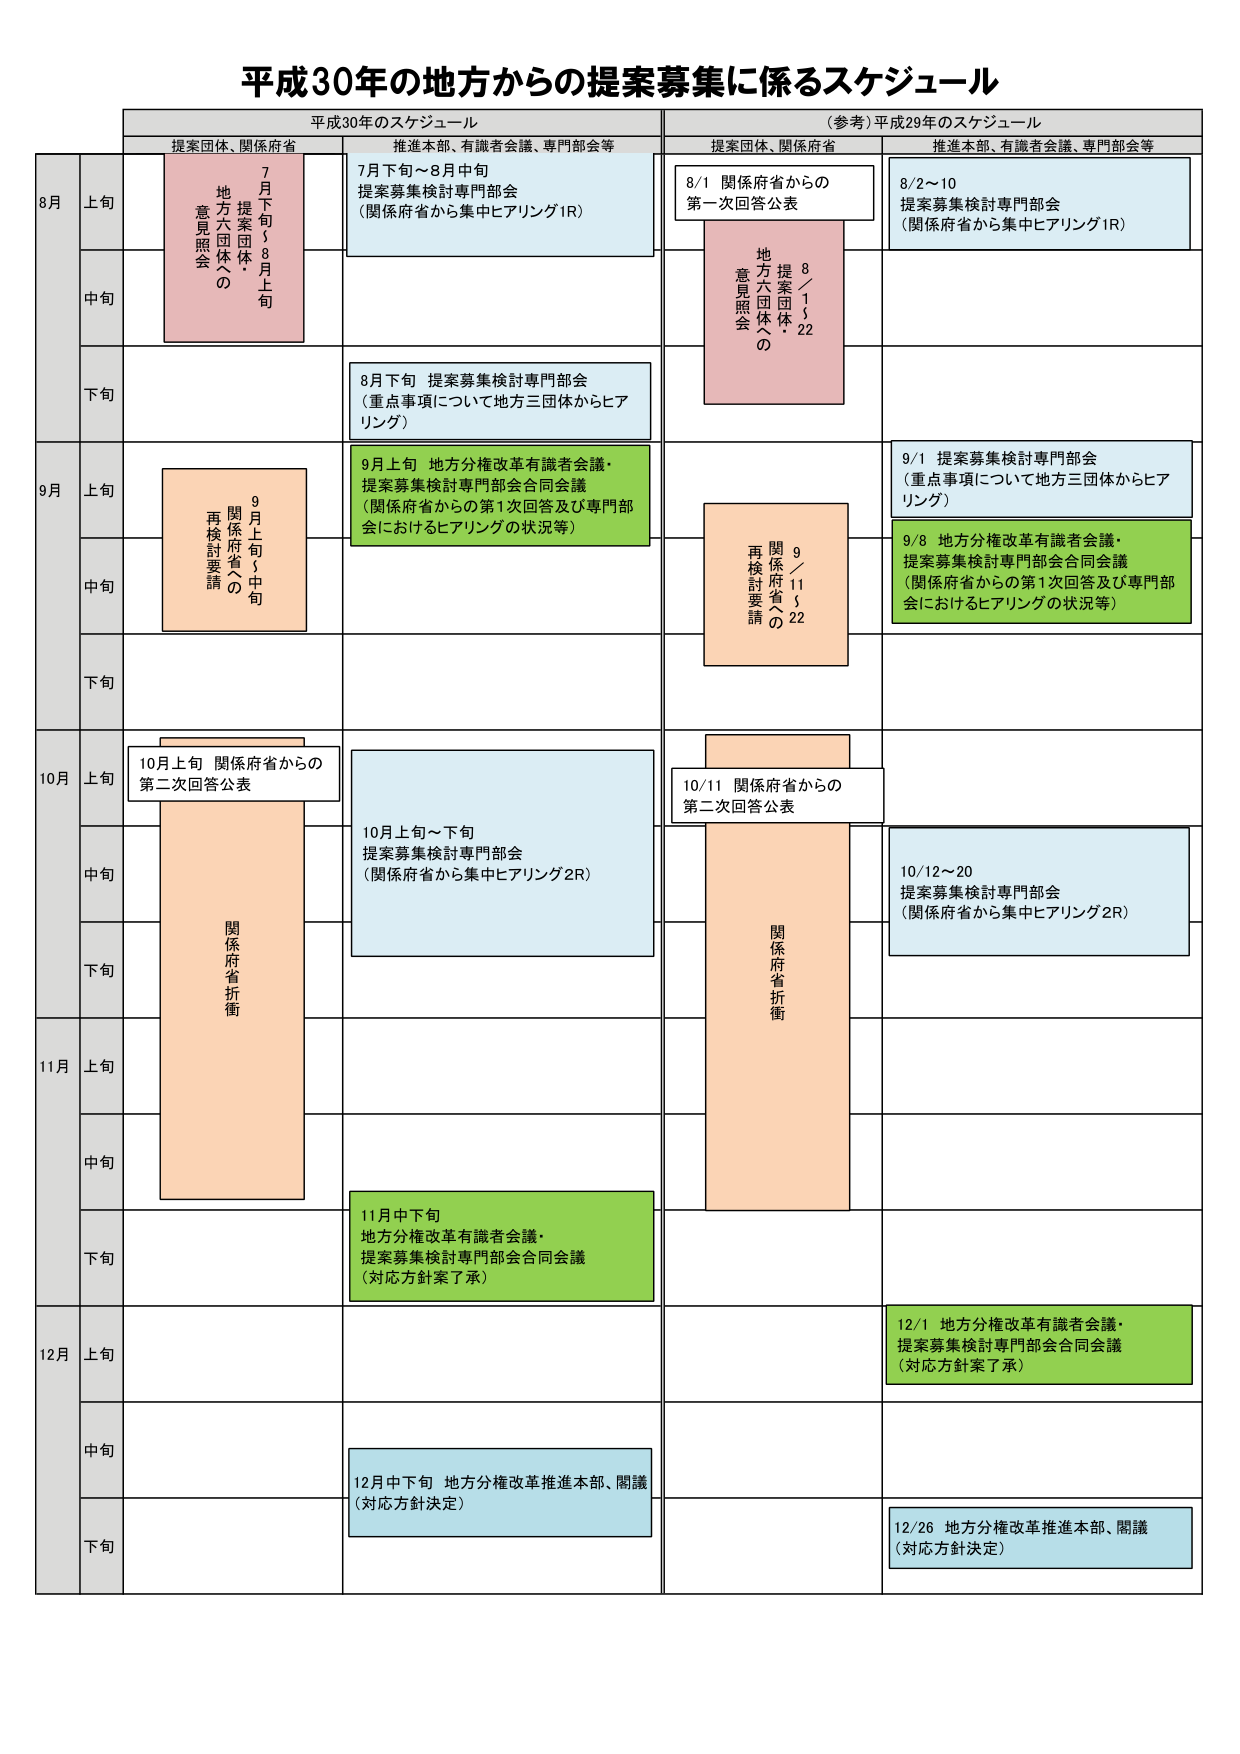
平成30年の地方からの提案募集に係るスケジュール

平成30年のスケジュール
（参考）平成29年のスケジュール

提案団体、関係府省
推進本部、有識者会議、専門部会等
提案団体、関係府省
推進本部、有識者会議、専門部会等

8月
上旬
7月下旬～8月中旬
提案募集検討専門部会
（関係府省から集中ヒアリング1R）
8/1 関係府省からの
第一次回答公表
8/2～10
提案募集検討専門部会
（関係府省から集中ヒアリング1R）

中旬
提案団体・
地方六団体の
意見照会
8／1～22
提案団体・
地方六団体の
意見照会

下旬
8月下旬 提案募集検討専門部会
（重点事項について地方三団体からヒアリング）

9月
上旬
9月上旬 地方分権改革有識者会議・
提案募集検討専門部会合同会議
（関係府省からの第1次回答及び専門部会におけるヒアリングの状況等）
9/1 提案募集検討専門部会
（重点事項について地方三団体からヒアリング）

中旬
9／1～5
関係府省への
再検討要請
9/8 地方分権改革有識者会議・
提案募集検討専門部会合同会議
（関係府省からの第1次回答及び専門部会におけるヒアリングの状況等）

下旬

10月
上旬
10月上旬 関係府省からの
第二次回答公表
10/11 関係府省からの
第二次回答公表

中旬
10月上旬～下旬
提案募集検討専門部会
（関係府省から集中ヒアリング2R）
10/12～20
提案募集検討専門部会
（関係府省から集中ヒアリング2R）

下旬
関係府省折衝
関係府省折衝

11月
上旬

中旬

下旬
11月中下旬
地方分権改革有識者会議・
提案募集検討専門部会合同会議
（対応方針案了承）

12月
上旬
12/1 地方分権改革有識者会議・
提案募集検討専門部会合同会議
（対応方針案了承）

中旬

下旬
12月中下旬 地方分権改革推進本部、閣議
（対応方針決定）
12/26 地方分権改革推進本部、閣議
（対応方針決定）